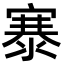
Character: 𬈡